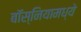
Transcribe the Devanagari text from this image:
बॉस्नियामध्ये